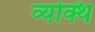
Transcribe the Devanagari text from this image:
व्यक्थि